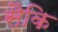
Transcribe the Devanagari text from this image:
सैकि